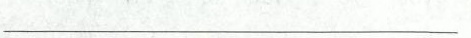
___